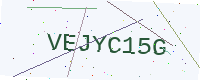
Text: VEJYC15G